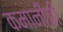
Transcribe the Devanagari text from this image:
कमानीची